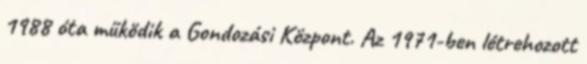
1988 óta működik a Gondozási Központ. Az 1971-ben létrehozott